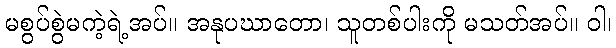
မစွပ်စွဲမကဲ့ရဲ့အပ်။ အနုပဃာတော၊ သူတစ်ပါးကို မသတ်အပ်။ ဝါ၊